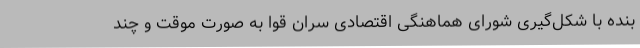
بنده با شکل‌گیری شورای هماهنگی اقتصادی سران قوا به صورت موقت و چند